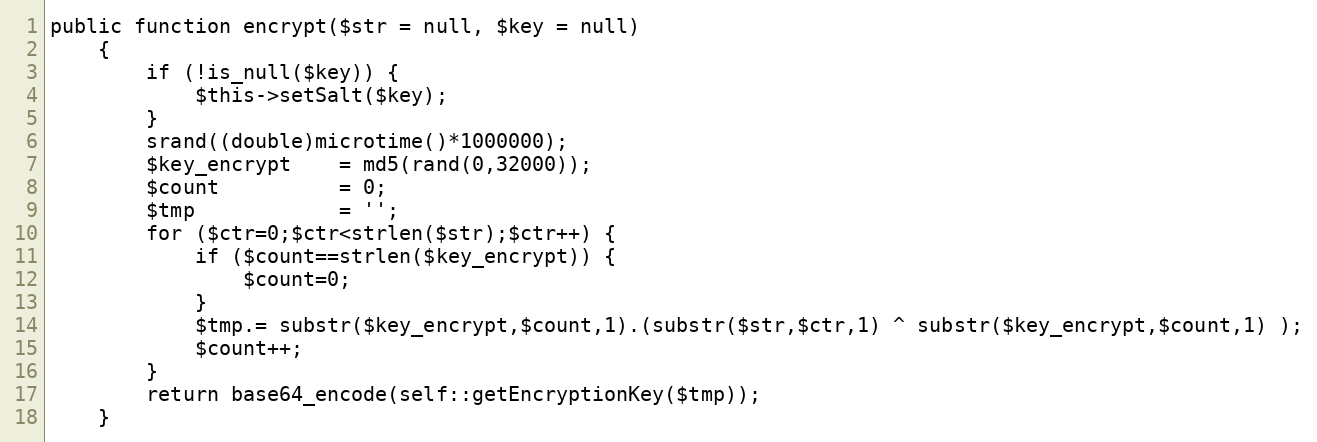
Language: PHP
public function encrypt($str = null, $key = null)
    {
        if (!is_null($key)) {
            $this->setSalt($key);
        }
        srand((double)microtime()*1000000);
        $key_encrypt    = md5(rand(0,32000));
        $count          = 0;
        $tmp            = '';
        for ($ctr=0;$ctr<strlen($str);$ctr++) {
            if ($count==strlen($key_encrypt)) {
                $count=0;
            }
            $tmp.= substr($key_encrypt,$count,1).(substr($str,$ctr,1) ^ substr($key_encrypt,$count,1) );
            $count++;
        }
        return base64_encode(self::getEncryptionKey($tmp));
    }